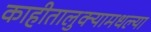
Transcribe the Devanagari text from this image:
काहीतालुक्यामधल्या